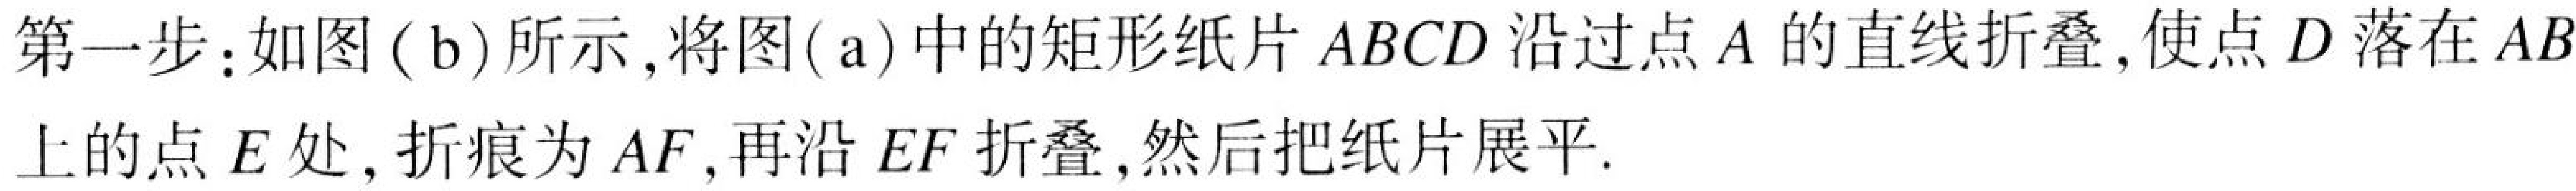
第一步：如图(\(b\))所示，将图(\(a\))中的矩形纸片\(ABCD\)沿过点\(A\)的直线折叠，使点\(D\)落在\(AB\)上的点\(E\)处，折痕为\(AF\)，再沿\(EF\)折叠，然后把纸片展平.